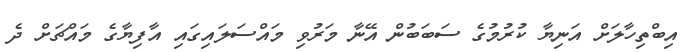
އިބްތިހާލަށް އަނިޔާ ކުރުމުގެ ސަބަބުން އޭނާ މަރުވި މައްސަލައިގައި އާފިޔާގެ މައްޗަށް ދެ